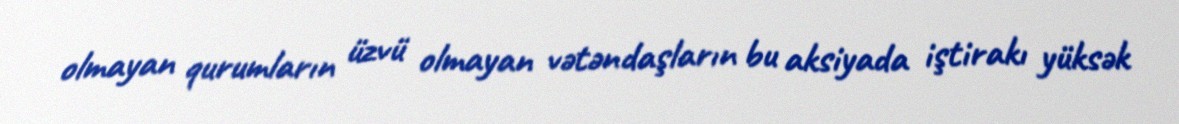
olmayan qurumların üzvü olmayan vətəndaşların bu aksiyada iştirakı yüksək